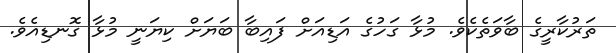
ތަރުކާރީގެ ބާވަތެކެވެ. މުޅާ ގަހުގެ އަޑިއަށް ފައިބާ ބަޔަށް ކިޔަނީ މުޅާ ގޮނޑިއެވެ.